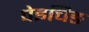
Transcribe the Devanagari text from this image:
पेइचिङ